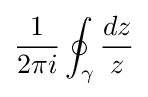
{\frac {1}{2\pi i}}\oint _{\gamma }{\frac {dz}{z}}